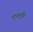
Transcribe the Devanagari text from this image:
पृष्ष्ठभूमि